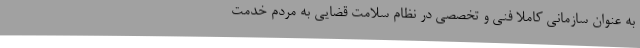
به عنوان سازمانی کاملا فنی و تخصصی در نظام سلامت قضایی به مردم خدمت